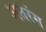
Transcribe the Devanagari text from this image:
अतरंग